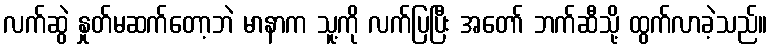
လက်ဆွဲ နှုတ်မဆက်တော့ဘဲ မာနာက သူ့ကို လက်ပြပြီး အတော် ဘက်ဆီသို့ ထွက်လာခဲ့သည်။